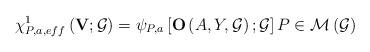
LaTeX: \begin{align*}\chi _{P,a,eff}^{1}\left( \mathbf{V};\mathcal{G}\right) =\psi _{P,a}\left[ \mathbf{O}\left( A,Y,\mathcal{G}\right) ;\mathcal{G}\right] P\in \mathcal{M}\left( \mathcal{G}\right) \end{align*}